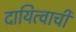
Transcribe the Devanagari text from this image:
दायित्वाची